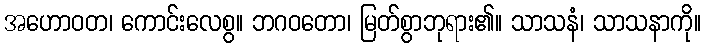
အဟောဝတ၊ ကောင်းလေစွ။ ဘဂဝတော၊ မြတ်စွာဘုရား၏။ သာသနံ၊ သာသနာကို။